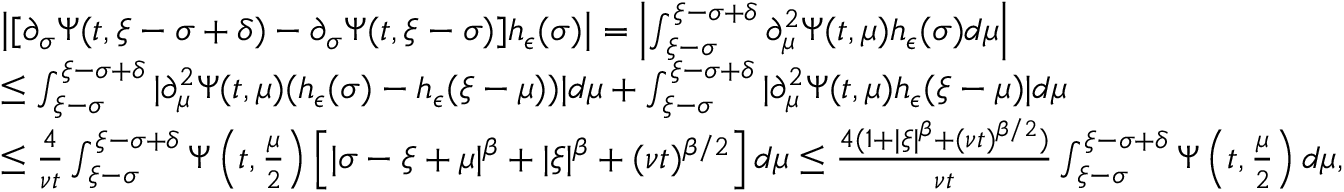
\begin{array} { r l } & { \left| [ \partial _ { \sigma } \Psi ( t , \xi - \sigma + \delta ) - \partial _ { \sigma } \Psi ( t , \xi - \sigma ) ] h _ { \epsilon } ( \sigma ) \right| = \left| \int _ { \xi - \sigma } ^ { \xi - \sigma + \delta } \partial _ { \mu } ^ { 2 } \Psi ( t , \mu ) h _ { \epsilon } ( \sigma ) d \mu \right| } \\ & { \leq \int _ { \xi - \sigma } ^ { \xi - \sigma + \delta } | \partial _ { \mu } ^ { 2 } \Psi ( t , \mu ) ( h _ { \epsilon } ( \sigma ) - h _ { \epsilon } ( \xi - \mu ) ) | d \mu + \int _ { \xi - \sigma } ^ { \xi - \sigma + \delta } | \partial _ { \mu } ^ { 2 } \Psi ( t , \mu ) h _ { \epsilon } ( \xi - \mu ) | d \mu } \\ & { \leq \frac { 4 } { \nu t } \int _ { \xi - \sigma } ^ { \xi - \sigma + \delta } \Psi \left( t , \frac { \mu } { 2 } \right) \left[ | \sigma - \xi + \mu | ^ { \beta } + | \xi | ^ { \beta } + ( \nu t ) ^ { \beta / 2 } \right] d \mu \leq \frac { 4 ( 1 + | \xi | ^ { \beta } + ( \nu t ) ^ { \beta / 2 } ) } { \nu t } \int _ { \xi - \sigma } ^ { \xi - \sigma + \delta } \Psi \left( t , \frac { \mu } { 2 } \right) d \mu , } \end{array}